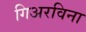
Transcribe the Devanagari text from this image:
गिअरविना